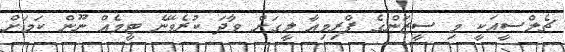
ޗެލްސީއަކީ މި ސީޒަންގެ ޕްރިމިއާ ލީގަށް ވާދަ ކުރެވޭނެ ޓީމެއް ނޫން ކަމަށް